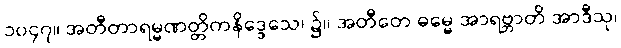
၁၀၄၇။ အတီတာရမ္မဏတ္တိကနိဒ္ဒေသေ၊ ၌။ အတီတေ ဓမ္မေ အာရဗ္ဘာတိ အာဒီသု၊